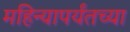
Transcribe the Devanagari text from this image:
महिन्यापर्यंतच्या